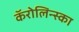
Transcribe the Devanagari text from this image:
कॅरोलिन्स्का